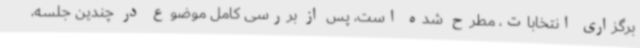
برگزاری انتخابات، مطرح شده است، پس از بررسی کامل موضوع در چندین جلسه،